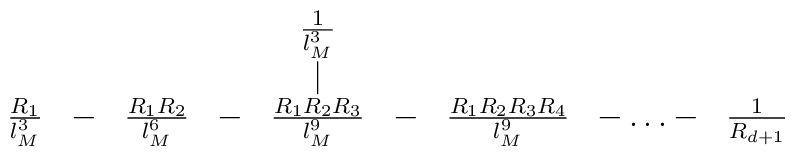
\begin{array}{ccccccccc}&&&&\frac{1}{l_M^3}&&&&\\&&&&\mid& &&&\\\frac{R_1}{l_M^3}&-&\frac{R_1 R_2}{l_M^6}&-&\frac{R_1 R_2 R_3}{l_M^9}&-&\frac{R_1 R_2 R_3 R_4}{l_M^9}&-\dots-&\frac{1}{R_{d+1}}\end{array}